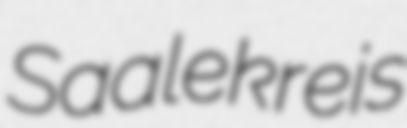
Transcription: Saalekreis